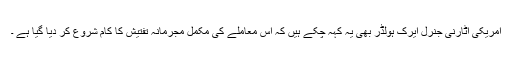
امریکی اٹارنی جنرل ایرک ہولڈر بھی یہ کہہ چکے ہیں کہ اس معاملے کی مکمل مجرمانہ تفتیش کا کام شروع کر دیا گیا ہے ۔